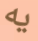
يه